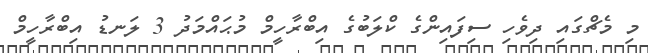
މި މެޗްގައި ދިވެހި ސިފައިންގެ ކްލަަބުގެ އިބްރާހީމް މުޙައްމަދު 3 ލަނޑު އިބްރާހީމް